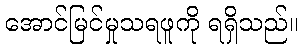
အောင်မြင်မှုသရဖူကို ရရှိသည်။